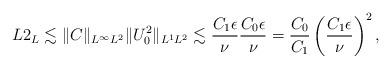
LaTeX: \begin{align*}L2_L \lesssim \| C \|_{L^\infty L^2} \| U^2_0 \|_{L^1 L^2} \lesssim \frac{C_1 \epsilon}{\nu} \frac{C_0 \epsilon}{\nu} = \frac{C_0}{C_1} \left( \frac{C_1 \epsilon}{\nu} \right)^2,\end{align*}